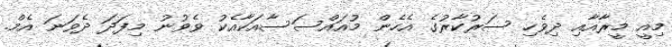
މިއީ މީރާއާއި ދިވެހި ސަރުކާރުގެ އެހެން މުއައްސަސާއަކާއެކު ވެވުނު މިފަދަ ދެވަނަ އެމް.